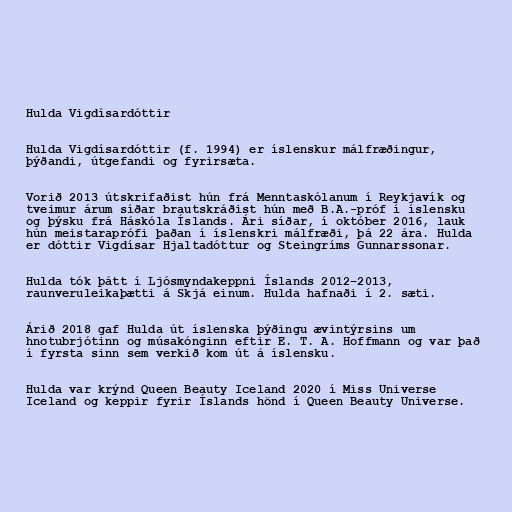
Hulda Vigdísardóttir

Hulda Vigdísardóttir (f. 1994) er íslenskur málfræðingur,
þýðandi, útgefandi og fyrirsæta.

Vorið 2013 útskrifaðist hún frá Menntaskólanum í Reykjavík og
tveimur árum síðar brautskráðist hún með B.A.-próf í íslensku
og þýsku frá Háskóla Íslands. Ári síðar, í október 2016, lauk
hún meistaraprófi þaðan í íslenskri málfræði, þá 22 ára. Hulda
er dóttir Vigdísar Hjaltadóttur og Steingríms Gunnarssonar.

Hulda tók þátt í Ljósmyndakeppni Íslands 2012–2013,
raunveruleikaþætti á Skjá einum. Hulda hafnaði í 2. sæti.

Árið 2018 gaf Hulda út íslenska þýðingu ævintýrsins um
hnotubrjótinn og músakónginn eftir E. T. A. Hoffmann og var það
í fyrsta sinn sem verkið kom út á íslensku.

Hulda var krýnd Queen Beauty Iceland 2020 í Miss Universe
Iceland og keppir fyrir Íslands hönd í Queen Beauty Universe.